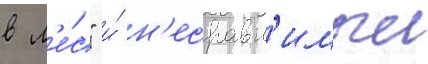
в л'е́с" и́ н'есравн'имыи